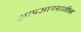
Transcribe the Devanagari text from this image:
आपआपसातील